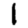
Digit: 1